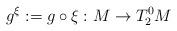
LaTeX: \begin{align*}g^{\xi }:=g\circ \xi :M\rightarrow T_{2}^{0}M \end{align*}